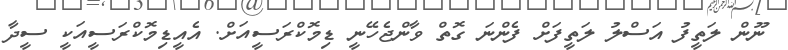
ނޫން ލަތީފު އަސްލު ލަތީފަށް ފެންނަ ގޮތް ވާންޖެހޭނީ ޑިމޮކްރަސީއަށް. އެއީޑިމޮކްރަސީއަކީ ސީދާ